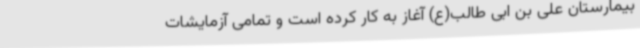
بیمارستان علی بن ابی طالب(ع) آغاز به کار کرده است و تمامی آزمایشات